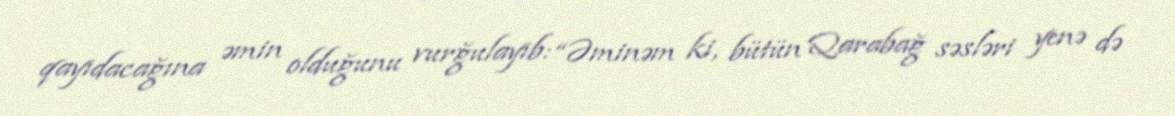
qayıdacağına əmin olduğunu vurğulayıb: “Əminəm ki, bütün Qarabağ səsləri yenə də